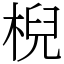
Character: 棿